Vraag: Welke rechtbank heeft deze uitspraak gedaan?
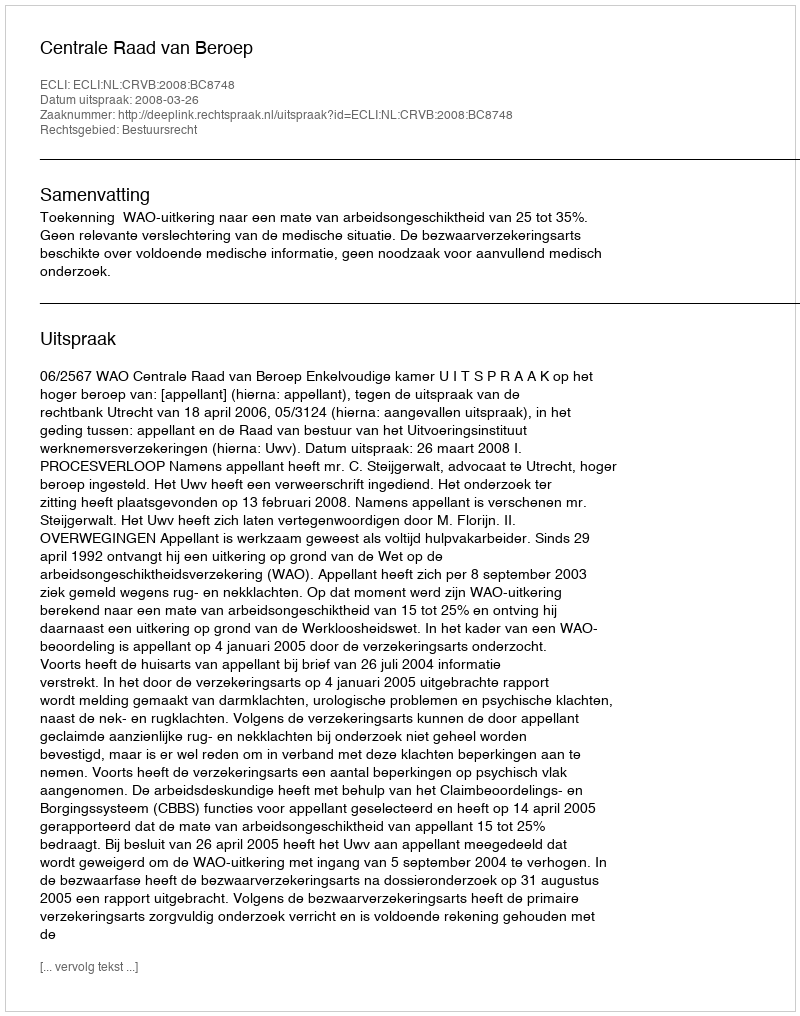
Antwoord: Centrale Raad van Beroep